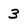
Character: 3